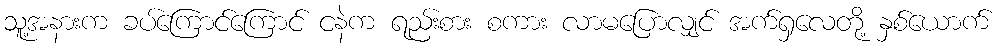
သူ့အနားက ခပ်ကြောင်ကြောင် ငနဲက ရည်းစား စကား လာမပြောလျှင် အက်ရှလေတို့ နှစ်ယောက်